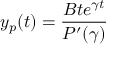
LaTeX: y _ { p } ( t ) = { \frac { B t e ^ { \gamma t } } { P ^ { \prime } ( \gamma ) } }